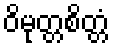
ဝိမုတ္တစိတ္တံ